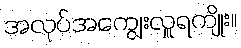
အလုပ်အကျွေးလှူရကျိုး။